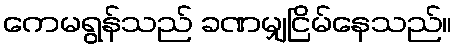
ကေမရွန်သည် ခဏမျှငြိမ်နေသည်။